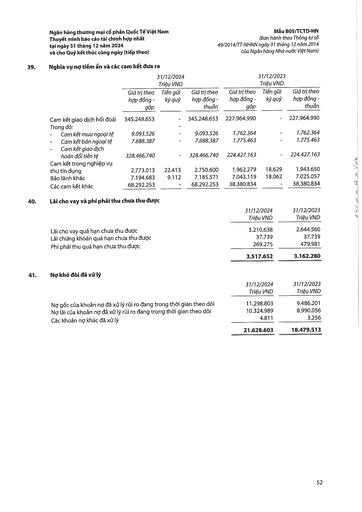
|||31/12/2024 Triệu VND|||31/12/2023 Triệu VND|| |---|---|---|---|---|---|---| ||Giá trị theo hợp đồng gốc|Tiền gửi kỳ quy|Giá trị theo hợp đồng - thuần|Giá trị theo hợp đồng gốc|Tiền gửi kỳ quy|Giá trị theo hợp đồng - thuần| |Cam kết giao dịch hối đoái|345.248.653|-|345.248.653|227.964.990|-|227.964.990| |Trong đó:||-||||| |- Cam kết mua ngoại tệ|9.093.526|-|9.093.526|1.762.364|-|1.762.364| |- Cam kết bán ngoại tệ|7.688.387|-|7.688.387|1.775.463|-|1.775.463| |- Cam kết giao dịch hoán đổi tiền tệ|328.466.740|-|328.466.740|224.427.163|-|224.427.163| |Cam kết trong nghiệp vụ thư tín dụng|2.773.013|22.413|2.750.600|1.962.279|18.629|1.943.650| |Bảo lãnh khác|7.194.683|9.112|7.185.571|7.043.119|18.062|7.025.057| |Các cam kết khác|68.292.253|-|68.292.253|38.380.834|-|38.380.834| ||31/12/2024 Triệu VND|31/12/2023 Triệu VND| |---|---|---| |Lãi cho vay quá hạn chưa thu được|3.210.638|2.644.560| |Lãi chứng khoán quá hạn chưa thu được|37.739|37.739| |Phí phải thu quá hạn chưa thu được|269.275|479.981| ||3.517.652|3.162.280| ||31/12/2024 Triệu VND|31/12/2023 Triệu VND| |---|---|---| |Nợ gốc của khoản nợ đã xử lý rủi ro đang trong thời gian theo dõi|11.298.803|9.486.201| |Nợ lãi của khoản nợ đã xử lý rủi ro đang trong thời gian theo dõi|10.324.989|8.990.056| |Các khoản nợ khác đã xử lý|4.811|3.256| ||21.628.603|18.479.513|